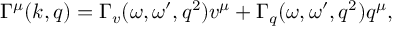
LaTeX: \Gamma ^ { \mu } ( k , q ) = \Gamma _ { v } ( \omega , \omega ^ { \prime } , q ^ { 2 } ) v ^ { \mu } + \Gamma _ { q } ( \omega , \omega ^ { \prime } , q ^ { 2 } ) q ^ { \mu } ,